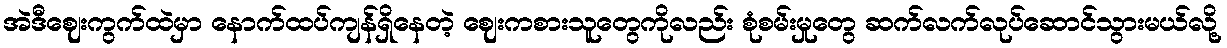
အဲဒီဈေးကွက်ထဲမှာ နောက်ထပ်ကျန်ရှိနေတဲ့ ဈေးကစားသူတွေကိုလည်း စုံစမ်းမှုတွေ ဆက်လက်လုပ်ဆောင်သွားမယ်လို့